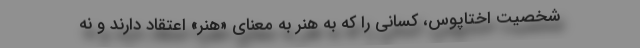
شخصیت اختاپوس، کسانی را که به هنر به معنای «هنر» اعتقاد دارند و نه